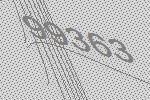
99363